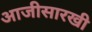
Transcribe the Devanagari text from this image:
आजीसारखी